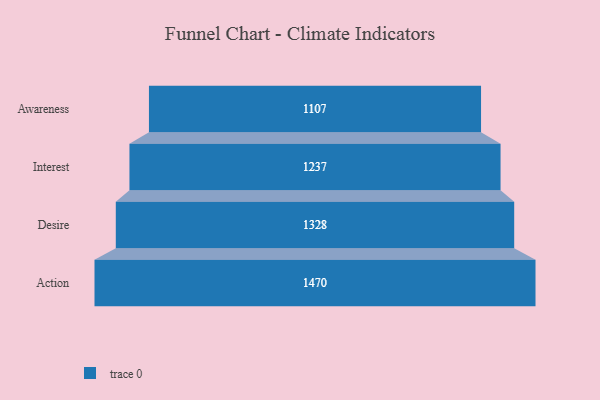
{"axis": {"x": "Stage", "y": "Value"}, "legend": [""], "data": [{"x": "Awareness", "y": 1107.0, "type": ""}, {"x": "Interest", "y": 1237.0, "type": ""}, {"x": "Desire", "y": 1328.0, "type": ""}, {"x": "Action", "y": 1470.0, "type": ""}]}